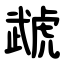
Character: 虣